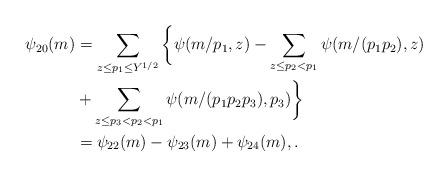
LaTeX: \begin{align*} \psi_{20}(m) &= \sum_{z \le p_1 \le Y^{1/2}} \bigg\{ \psi(m/p_1,z) - \sum_{z \le p_2 < p_1} \psi(m/(p_1p_2), z) \\ & + \sum_{z \le p_3 < p_2 < p_1} \psi(m/(p_1p_2p_3), p_3) \bigg\} \\ &= \psi_{22}(m) - \psi_{23}(m) + \psi_{24}(m), . \end{align*}